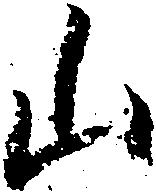
山